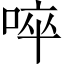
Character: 啐